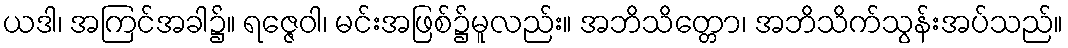
ယဒါ၊ အကြင်အခါ၌။ ရဇ္ဇေဝါ၊ မင်းအဖြစ်၌မူလည်း။ အဘိသိတ္တော၊ အဘိသိက်သွန်းအပ်သည်။